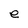
Character: e